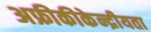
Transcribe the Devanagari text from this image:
अफ्रीकीकेन्द्रीयता